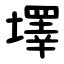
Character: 墿